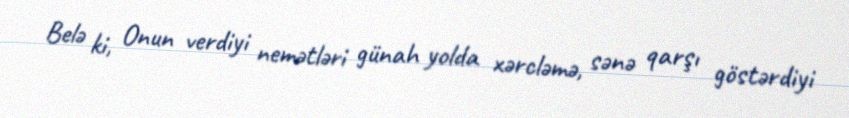
Belə ki, Onun verdiyi nemətləri günah yolda xərcləmə, sənə qarşı göstərdiyi